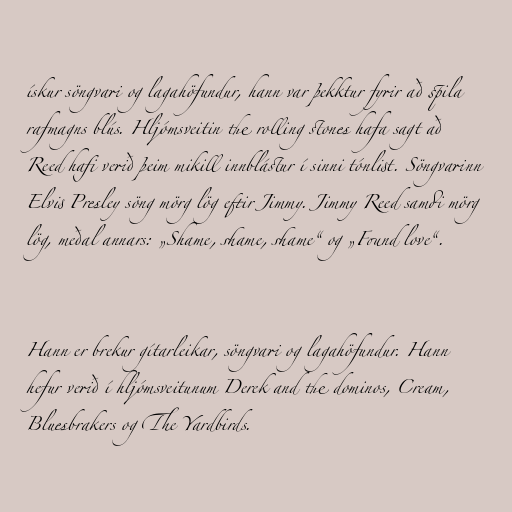
ískur söngvari og lagahöfundur, hann var þekktur fyrir að spila
rafmagns blús. Hljómsveitin the rolling stones hafa sagt að
Reed hafi verið þeim mikill innblástur í sinni tónlist. Söngvarinn
Elvis Presley söng mörg lög eftir Jimmy. Jimmy Reed samdi mörg
lög, meðal annars: „Shame, shame, shame“ og „Found love“.

Hann er brekur gítarleikar, söngvari og lagahöfundur. Hann
hefur verið í hljómsveitunum Derek and the dominos, Cream,
Bluesbrakers og The Yardbirds.